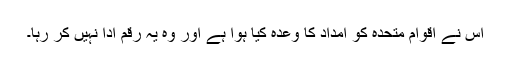
اس نے اقوامِ متحدہ کو امداد کا وعدہ کيا ہوا ہے اور وہ يہ رقم ادا نہيں کر رہا۔